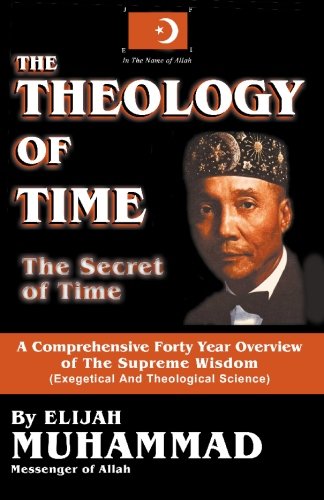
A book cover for The Theology of Time: The Secret of Time; Elijah Muhammad; Religion & Spirituality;